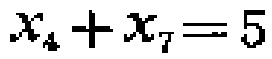
\(x_{4}+x_{7}=5\)